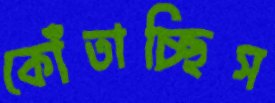
কোঁতাচ্ছিস